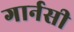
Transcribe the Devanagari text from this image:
गार्नसी